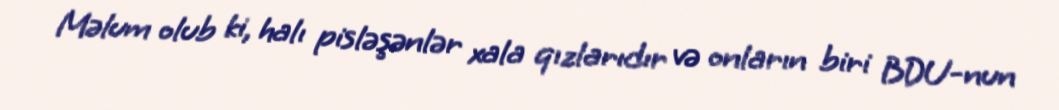
Məlum olub ki, halı pisləşənlər xala qızlarıdır və onların biri BDU-nun